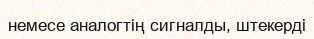
немесе аналогтің сигналды, штекерді